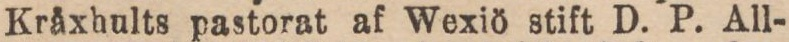
Kråxhults pastorat af Wexiö stift D. P. All-